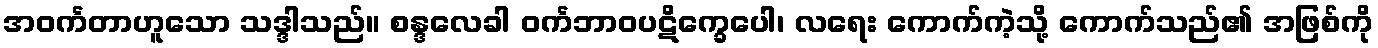
အဝင်္ကတာဟူသော သဒ္ဒါသည်။ စန္ဒလေခါ ဝင်္ကဘာဝပဋိက္ခေပေါ၊ လရေး ကောက်ကဲ့သို့ ကောက်သည်၏ အဖြစ်ကို